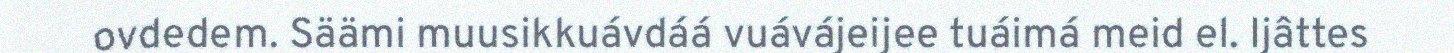
ovdedem. Säämi muusikkuávdáá vuávájeijee tuáimá meid el. Ijâttes